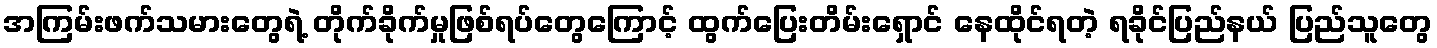
အကြမ်းဖက်သမားတွေရဲ့ တိုက်ခိုက်မှုဖြစ်ရပ်တွေကြောင့် ထွက်ပြေးတိမ်းရှောင် နေထိုင်ရတဲ့ ရခိုင်ပြည်နယ် ပြည်သူတွေ